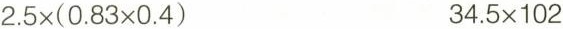
$$2.5 \times (0.83\times 0.4）$$ $$34.5\times 102$$